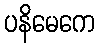
ပနိမေကေ